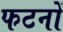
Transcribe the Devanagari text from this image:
फटनों